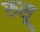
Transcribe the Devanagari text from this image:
रुसू